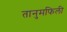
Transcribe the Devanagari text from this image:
तानुमफिली